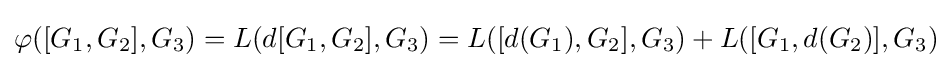
\varphi ([G_{1},G_{2}],G_{3})=L(d[G_{1},G_{2}],G_{3})=L([d(G_{1}),G_{2}],G_{3})+L([G_{1},d(G_{2})],G_{3})